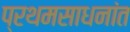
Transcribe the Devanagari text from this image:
प्रथमसाधनांत